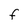
Character: F